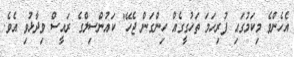
އެހެންވެ މިކަމުގައި ފުރިހަމަ ތަހުގީގެއް ހިންގަން ޖެހޭ" ކައުންސިލްގެ ރައީސް ވިދާޅުވި އެވެ.